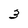
Character: 3